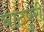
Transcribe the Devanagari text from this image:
घाटपुरी